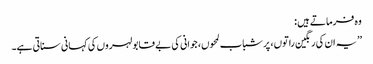
وہ فرماتے ہیں :
’’یہ ان کی رنگین راتوں، پر شباب لمحوں، جوانی کی بے قابو لہروں کی کہانی سناتی ہے۔